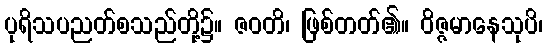
ပုရိသပညတ်စသည်တို့၌။ ဇဝတိ၊ ဖြစ်တတ်၏။ ဝိဇ္ဇမာနေသုပိ၊